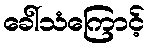
ခေါ်သံကြောင့်